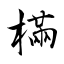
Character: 樠